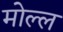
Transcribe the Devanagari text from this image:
मोल्ल